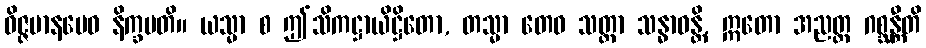
ဝိဇ္ဇမာနမေဝ နိက္ခမတိ။ ယသ္မာ စ ဤသိကဋ္ဌာယိဋ္ဌိတော, တသ္မာ တေဝ သတ္တာ သန္ဓာဝန္တိ, ဣတော အညတ္ထ ဂစ္ဆန္တီတိ